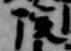
院